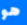
هو